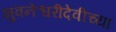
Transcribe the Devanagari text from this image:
भुवनेश्वरीदेवीच्या